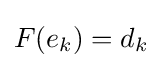
F(e_{k})=d_{k}